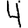
Digit: 4